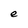
Character: e